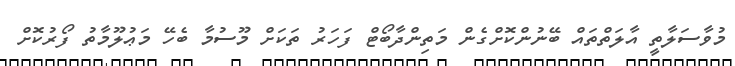
މުވާސަލާތީ އާލަތްތައް ބޭނުންކޮށްގެން މަތިންދާބޯޓް ފަހަރު ތަކަށް މޫސުމާ ބެހޭ މަޢުލޫމާތު ފޯރުކޮށް